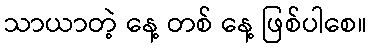
သာယာတဲ့ နေ့ တစ် နေ့ ဖြစ်ပါစေ။